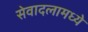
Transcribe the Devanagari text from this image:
सेवादलामध्ये